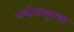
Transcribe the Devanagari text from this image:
वर्षापासूनचा